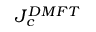
J _ { c } ^ { D M F T }